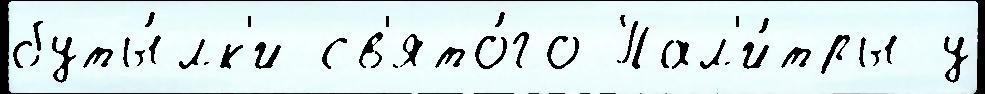
буты́лк'и св'ято́го Пал'и́тры у